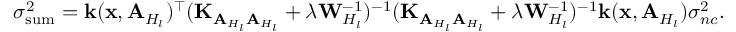
\sigma _ { \mathrm { s u m } } ^ { 2 } = \mathbf { k } ( \mathbf { x } , \mathbf { A } _ { H _ { l } } ) ^ { \top } ( \mathbf { K } _ { \mathbf { A } _ { H _ { l } } \mathbf { A } _ { H _ { l } } } + \lambda \mathbf { W } _ { H _ { l } } ^ { - 1 } ) ^ { - 1 } ( \mathbf { K } _ { \mathbf { A } _ { H _ { l } } \mathbf { A } _ { H _ { l } } } + \lambda \mathbf { W } _ { H _ { l } } ^ { - 1 } ) ^ { - 1 } \mathbf { k } ( \mathbf { x } , \mathbf { A } _ { H _ { l } } ) \sigma _ { n c } ^ { 2 } .